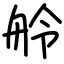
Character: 舲